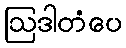
ဩဒါတံပေ